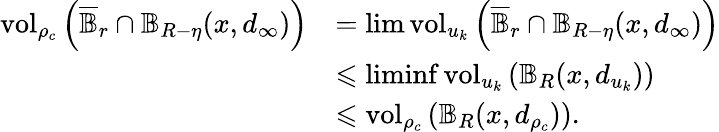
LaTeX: \begin{array}{rl}{\mathrm{vol}_{\rho_{c}}\left(\overline{\mathbb{B}}_{r}\cap\mathbb{B}_{R-\eta}(x,d_{\infty})\right)}&{=\operatorname*{lim}\mathrm{vol}_{u_{k}}\left(\overline{\mathbb{B}}_{r}\cap\mathbb{B}_{R-\eta}(x,d_{\infty})\right)}\\ &{\leqslant\operatorname*{liminf}\mathrm{vol}_{u_{k}}\left(\mathbb{B}_{R}(x,d_{u_{k}})\right)}\\ &{\leqslant\mathrm{vol}_{\rho_{c}}\left(\mathbb{B}_{R}(x,d_{\rho_{c}})\right).}\end{array}